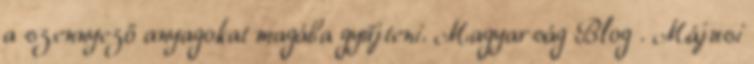
a szennyező anyagokat magába gyűjteni. Magyarság Blog . Májusi